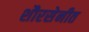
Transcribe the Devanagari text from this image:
शौरसेनीत